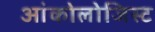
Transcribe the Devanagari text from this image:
आंकोलोजिस्ट